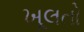
ખૂલતો